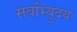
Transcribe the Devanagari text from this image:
सर्वाभ्युदय